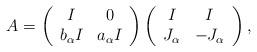
LaTeX: \begin{align*}A= \left(\begin{array}{cc} I & 0\\ b_{\alpha}I & a_{\alpha}I\\ \end{array}\right)\left(\begin{array}{cc} I & I\\ J_{\alpha} & -J_{\alpha}\\ \end{array}\right),\end{align*}